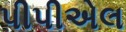
પીપીએલ